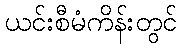
ယင်းစီမံကိန်းတွင်